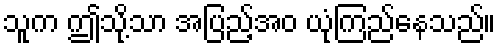
သူက ဤသို့သာ အပြည့်အဝ ယုံကြည်နေသည်။